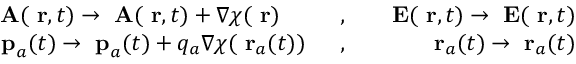
\begin{array} { r l r } { \mathrm { \bf ~ A } ( \mathrm { \bf ~ r } , t ) \to \mathrm { \bf ~ A } ( \mathrm { \bf ~ r } , t ) + \nabla \chi ( \mathrm { \bf ~ r } ) \; \; \; \; \; \; } & { , } & { \; \; \, \mathrm { \bf ~ E } ( \mathrm { \bf ~ r } , t ) \to \mathrm { \bf ~ E } ( \mathrm { \bf ~ r } , t ) } \\ { \; \; \; \mathrm { \bf ~ p } _ { a } ( t ) \to \mathrm { \bf ~ p } _ { a } ( t ) + q _ { a } \nabla \chi ( \mathrm { \bf ~ r } _ { a } ( t ) ) \; \; } & { , } & { \; \; \; \mathrm { \bf ~ r } _ { a } ( t ) \to \mathrm { \bf ~ r } _ { a } ( t ) } \end{array}